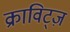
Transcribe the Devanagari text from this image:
क्राविट्ज़